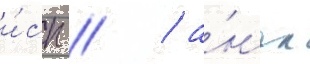
и́сп // / а́нгл